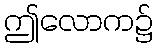
ဤလောက၌